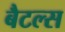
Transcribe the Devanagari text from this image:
बैटल्स